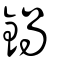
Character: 鈛